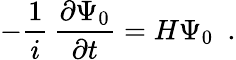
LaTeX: -{\frac{1}{i}}\, {\frac{\partial\Psi_{0}}{\partial t}}=H\Psi_{0}~~.